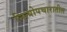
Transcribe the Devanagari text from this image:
नित्योपचारातील